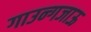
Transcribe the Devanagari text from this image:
गाउन्गजाऊ